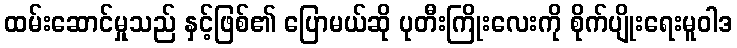
ထမ်းဆောင်မှုသည် နှင့်ဖြစ်၏ ပြောမယ်ဆို ပုတီးကြိုးလေးကို စိုက်ပျိုးရေးမူဝါဒ